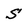
Character: S